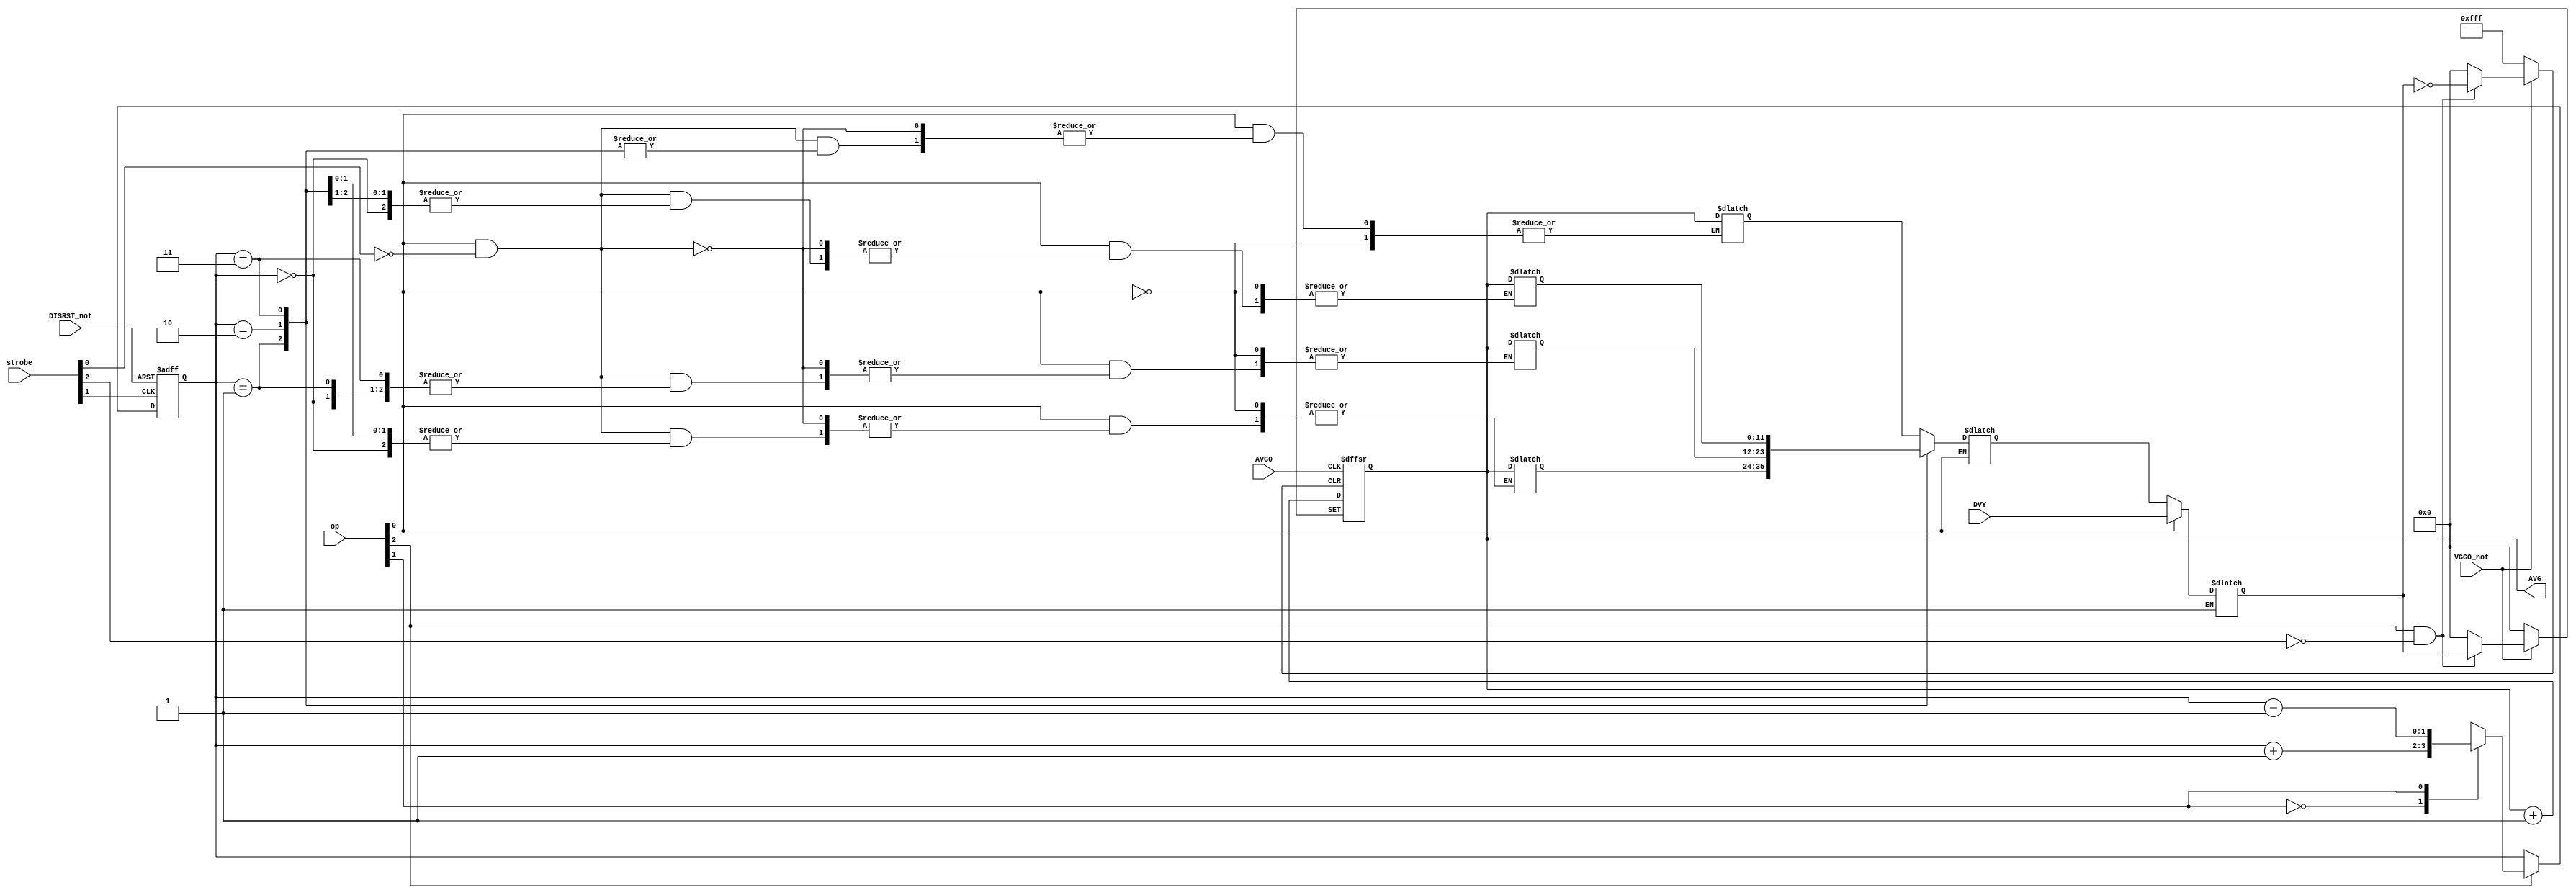
`timescale 1ns / 1ps
//////////////////////////////////////////////////////////////////////////////////
// Company: 
// Engineer: 
// 
// Design Name: 
// Module Name:    vg_sp_pc 
// Project Name: 
// Target Devices: 
// Tool versions: 
// Description: 
//
// Dependencies: 
//
// Revision: 
// Revision 0.01 - File Created
// Additional Comments: 
//
//////////////////////////////////////////////////////////////////////////////////
module vg_sp_pc(
		input VGGO_not,
		input DISRST_not,
		input AVG0,
		input [2:0] op,
		input [3:0] strobe,
		input [11:0] DVY,
		output reg [11:0] AVG // AVG12 - AVG1
		);
		
	reg pcLoad;
	reg pcClear;
	
	reg [11:0] IB; 		// Internal Bus connecting input buffers, stack, and pc

	reg [11:0] s0; 		// Stack addresses
	reg [11:0] s1;
	reg [11:0] s2;
	reg [11:0] s3;
	reg [11:0] sOut; 	// Output read of Stack
	reg [1:0] sPointer; // Stack Pointer
	reg sRead_not;		// Read Enable
	reg sWrite_not;		// Write Enable


	initial begin
		s0 = 12'h000;
		s1 = 12'h000;
		s2 = 12'h000;
		s3 = 12'h000;
		end

	// Program Counter
	always @(op or strobe or VGGO_not) begin
		pcLoad <= op[2]&(~strobe[2]);
		pcClear <= ~VGGO_not;		
		end
										
	always @(posedge AVG0 or posedge pcClear or posedge pcLoad) begin
		if (pcClear) begin 	// Clear
			AVG <= 12'h000;
			end
		else if (pcLoad) begin 	// Load
			AVG <= IB;
			end
		else begin				// Count Up
			AVG <= AVG + 1;
			end
		end // End Program Counter
		
	// Internal Bus Select
	always @(op[0] or DVY or sOut) begin
		if (op[0]) begin	// Read from data input
			IB <= DVY;
			end
		else if (~op[0]) begin // Read from stack
			IB <= sOut;
			end
		else begin
			IB <= IB;
			end
		end // End IB Select
		
	// Stack Pointer
	always @(posedge strobe[1] or negedge DISRST_not) begin
		if (~DISRST_not) begin 	// Load
			sPointer = 0;
			end
		else  begin 	// Not Enabled
			if (~op[2]) begin
				sPointer = sPointer;
				end
			else begin				// Enabled
				case (op[1])
					0: sPointer = sPointer + 1;	// JSR, After Push
					1: sPointer = sPointer - 1;	// RTS, After Pull
				endcase
				end
			end
		end // End SP


	// Stack
	always @(op or strobe) begin
		sRead_not <= op[0];
		sWrite_not <= ~(op[0]&(~strobe[0])); 
		end

	always @(sPointer or sRead_not or sWrite_not or AVG or s0 or s1 or s2 or s3 or sOut) begin
		if (~sRead_not) begin	// Read sPointer location
			case (sPointer) 
				0: sOut <= s0;
				1: sOut <= s1;
				2: sOut <= s2;
				3: sOut <= s3;
			endcase
			end
		else if (~sWrite_not) begin	// Write sPointer location
			case (sPointer) 
				0: begin
					s0 <= AVG;
					s1 <= s1;
					s2 <= s2;
					s3 <= s3;
					end
				1: begin
					s0 <= s0;
					s1 <= AVG;
					s2 <= s2;
					s3 <= s3;
					end
				2: begin
					s0 <= s0;
					s1 <= s1;
					s2 <= AVG;
					s3 <= s3;
					end
				3: begin
					s0 <= s0;
					s1 <= s1;
					s2 <= s2;
					s3 <= AVG;
					end
			endcase
			end
		else begin
			sOut <= sOut;
			s0 <= s0;
			s1 <= s1;
			s2 <= s2;
			s3 <= s3;
			end
		end // End Stack
		
endmodule